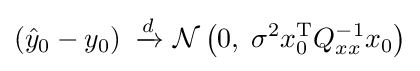
\left({\hat {y}}_{0}-y_{0}\right)\ {\xrightarrow {d}}\ {\mathcal {N}}\left(0,\;\sigma ^{2}x_{0}^{\mathrm {T} }Q_{xx}^{-1}x_{0}\right)